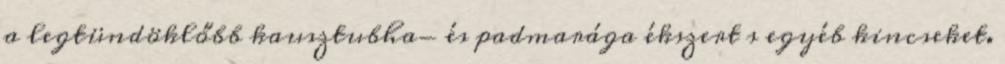
a legtündöklőbb kausztubha- és padmarága ékszert s egyéb kincseket.